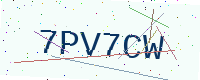
Text: 7PV7CW